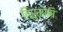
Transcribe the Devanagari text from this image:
तिरुमोषि